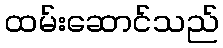
ထမ်းဆောင်သည်